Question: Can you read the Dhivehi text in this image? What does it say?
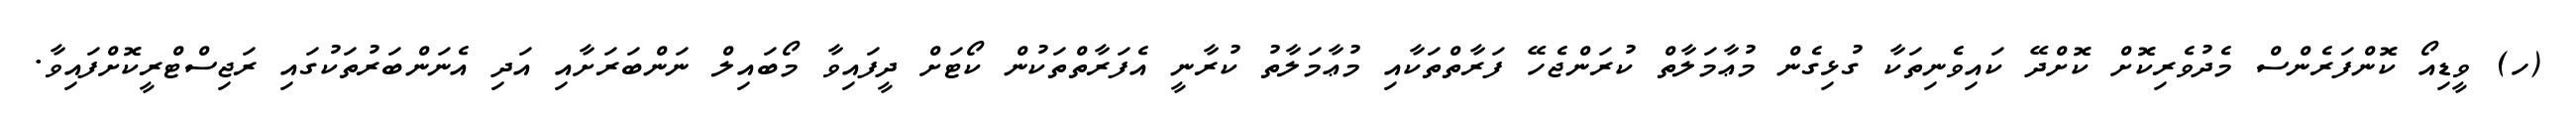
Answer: (ހ) ވީޑިއޯ ކޮންފަރެންސް މެދުވެރިކޮށް ކޮށްދޭ ކައިވެނިތަކާ ގުޅިގެން މުޢާމަލާތް ކުރަންޖެހޭ ފަރާތްތަކާއި މުޢާމަލާތު ކުރާނީ އެފަރާތްތަކުން ކޯޓަށް ދީފައިވާ މޯބައިލް ނަންބަރަށާއި އަދި އެނަންބަރުތަކުގައި ރަޖިސްޓްރީކޮށްފައިވާ.